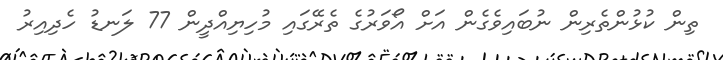
ތިން ކުޅުންތެރިން ނުބައިވެގެން އަށް އޯވަރުގެ ތެރޭގައި މުހިޔިއްދީން 77 ލަނޑު ހެދިއިރު